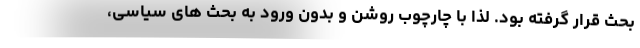
بحث قرار گرفته بود. لذا با چارچوب روشن و بدون ورود به بحث های سیاسی،